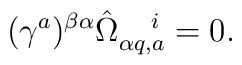
(\gamma^a)^{\beta\alpha}\hat\Omega_{\alpha q,a}^{~~~i}=0.